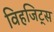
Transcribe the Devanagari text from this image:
विहजिट्स